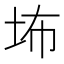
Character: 㘵